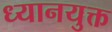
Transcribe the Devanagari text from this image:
ध्‍यानयुक्त